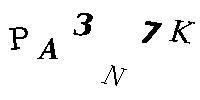
PA3N7K